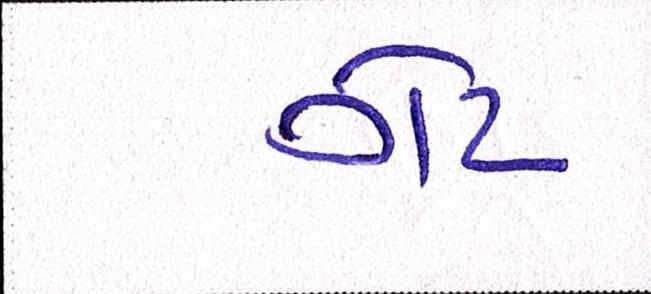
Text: ગેટ